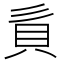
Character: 𧴭